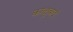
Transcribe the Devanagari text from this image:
काळूबाई